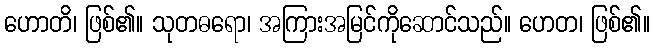
ဟောတိ၊ ဖြစ်၏။ သုတဓရော၊ အကြားအမြင်ကိုဆောင်သည်။ ဟေတ၊ ဖြစ်၏။